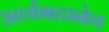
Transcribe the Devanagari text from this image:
आर्यभटानेच